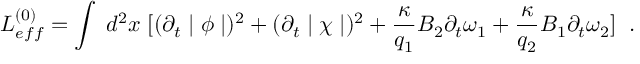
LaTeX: L _ { e f f } ^ { ( 0 ) } = \int \; d ^ { 2 } x \; [ ( \partial _ { t } \mid \phi \mid ) ^ { 2 } + ( \partial _ { t } \mid \chi \mid ) ^ { 2 } + \frac { \kappa } { q _ { 1 } } B _ { 2 } \partial _ { t } \omega _ { 1 } + \frac { \kappa } { q _ { 2 } } B _ { 1 } \partial _ { t } \omega _ { 2 } ] \; \; .